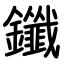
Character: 鑯